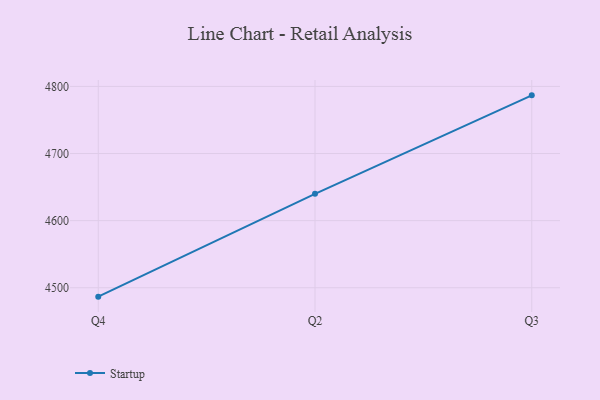
{"axis": {"x": "Quarter", "y": "Bounce Rate (%)"}, "legend": ["Startup"], "data": [{"x": "Q4", "y": 4486.7, "type": "Startup"}, {"x": "Q2", "y": 4640.0, "type": "Startup"}, {"x": "Q3", "y": 4786.7, "type": "Startup"}]}